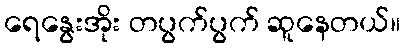
ရေနွေးအိုး တပွက်ပွက် ဆူနေတယ်။